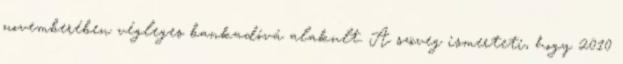
novemberében végleges bankadóvá alakult. A szöveg ismerteti, hogy 2010